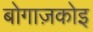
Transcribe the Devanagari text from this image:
बोगाज़कोइ